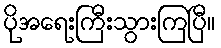
ပိုအရေးကြီးသွားကြပြီ။